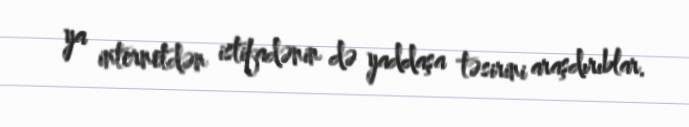
ya internetdən istifadənin də yaddaşa təsirini araşdırıblar.